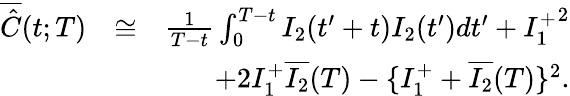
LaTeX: \begin{array}{rlr}{\overline{{\hat{C}}}(t;T)}&{\cong}&{\frac{1}{T-t}\int_{0}^{T-t}I_{2}(t^{\prime}+t)I_{2}(t^{\prime})dt^{\prime}+{I_{1}^{+}}^{2}}\\ &{}&{+2I_{1}^{+}\overline{{I_{2}}}(T)-\{ I_{1}^{+}+\overline{{I_{2}}}(T)\} ^{2}.}\end{array}